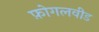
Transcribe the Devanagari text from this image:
फ़ोगलवीड